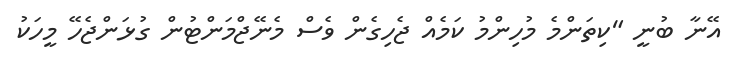
އޭނާ ބުނީ "ކިތަންމެ މުހިންމު ކަމެއް ޖެހިގެން ވެސް މެނޭޖްމަންޓުން ގުޅަންޖެހޭ މީހަކު